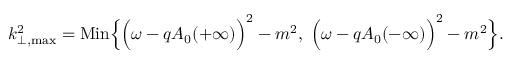
{ k } _ { \perp , \mathrm { m a x } } ^ { 2 } = \mathrm { M i n } \Bigl \{ \Bigl ( \omega - q A _ { 0 } ( + \infty ) \Bigr ) ^ { 2 } - m ^ { 2 } , ~ \Bigl ( \omega - q A _ { 0 } ( - \infty ) \Bigr ) ^ { 2 } - m ^ { 2 } \Bigr \} .